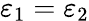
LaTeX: \varepsilon_{1}=\varepsilon_{2}